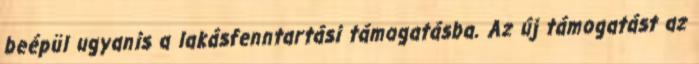
beépül ugyanis a lakásfenntartási támogatásba. Az új támogatást az